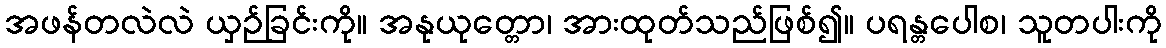
အဖန်တလဲလဲ ယှဉ်ခြင်းကို။ အနုယုတ္တော၊ အားထုတ်သည်ဖြစ်၍။ ပရန္တပေါစ၊ သူတပါးကို